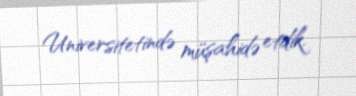
Universitetində müşahidə etdik.